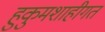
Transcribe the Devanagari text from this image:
हुकुमशाहीगत